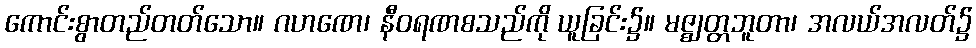
ကောင်းစွာတည်တတ်သော။ ဂဟဏေ၊ နီဝရဏစသည်ကို ယူခြင်း၌။ မဇ္ဈတ္တဘူတာ၊ အလယ်အလတ်၌